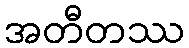
အတီတဿ